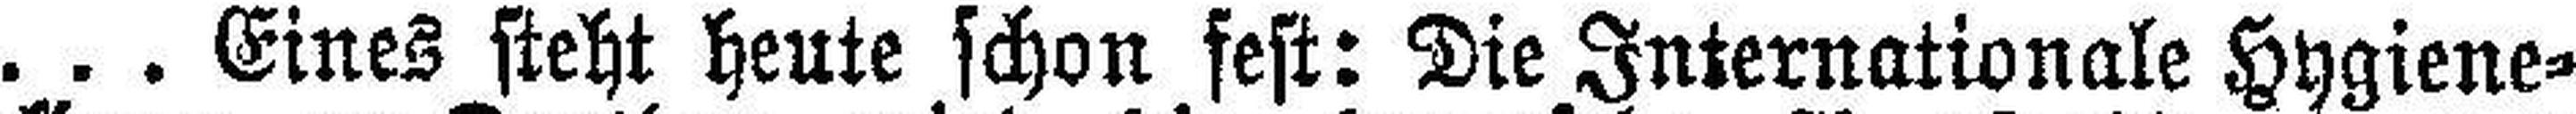
. . . Eines steht heute schon fest: Die Internationale Hygiene=